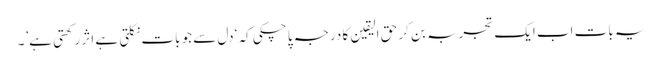
یہ بات اب ایک تجربہ بن کر حق الیقین کا درجہ پا چکی کہ ‘دل سے جو بات نکلتی ہے اثر رکھتی ہے’۔